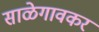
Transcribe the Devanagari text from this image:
साळेगावकर